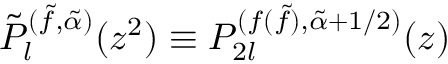
\tilde { P } _ { l } ^ { ( \tilde { f } , \tilde { \alpha } ) } ( z ^ { 2 } ) \equiv P _ { 2 l } ^ { ( f ( \tilde { f } ) , \tilde { \alpha } + 1 / 2 ) } ( z )